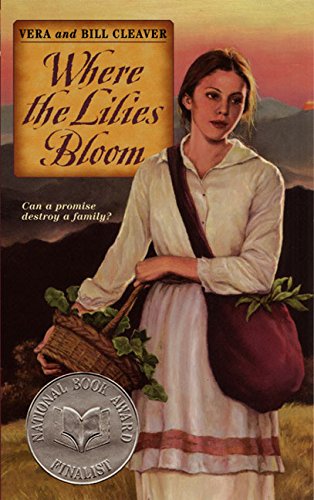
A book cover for Where the Lilies Bloom; Bill Cleaver; Teen & Young Adult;